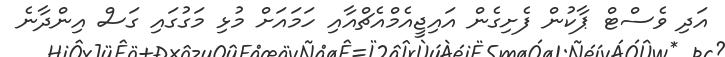
އަދި ވެސްޓް ޕާކުން ފެށިގެން އައިޖީއެމްއެޗްއާއި ހަމައަށް މުޅި މަގުގައި ގަސް އިންދާނެ